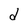
Character: d